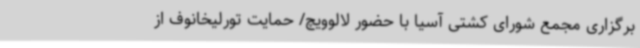
برگزاری مجمع شورای کشتی آسیا با حضور لالوویچ/ حمایت تورلیخانوف از